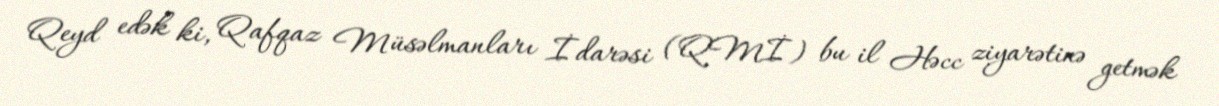
Qeyd edək ki, Qafqaz Müsəlmanları İdarəsi (QMİ) bu il Həcc ziyarətinə getmək